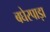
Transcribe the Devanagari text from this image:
बघेरपाड़ा